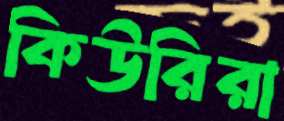
কিউরিরা